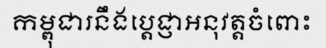
កម្ពុជារនឹងប្តេជ្ញាអនុវត្តចំពោះ